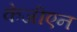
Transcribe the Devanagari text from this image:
केजीएन